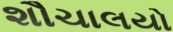
શૌચાલયો